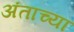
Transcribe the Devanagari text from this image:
अंताच्या